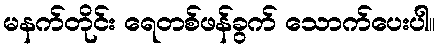
မနက်တိုင်း ရေတစ်ဖန်ခွက် သောက်ပေးပါ။